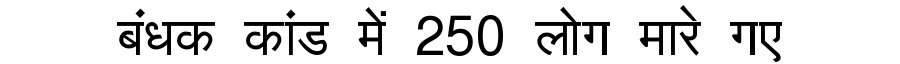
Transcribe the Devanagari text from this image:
बंधक कांड में 250 लोग मारे गए